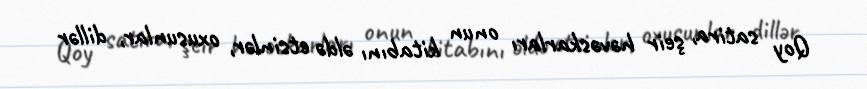
Qoy satira, şeir həvəskarları onun kitabını əldə etsinlər, oxusunlar, dillər